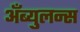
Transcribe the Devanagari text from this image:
अँब्युलन्स